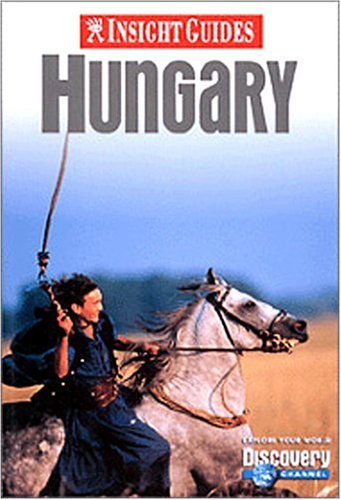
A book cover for Insight Guide Hungary; Insight Guides; Travel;